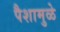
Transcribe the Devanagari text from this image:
पैशामुळे